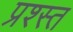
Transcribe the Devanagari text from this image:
प्रश्स्त